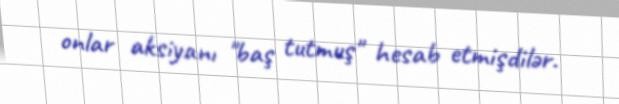
onlar aksiyanı "baş tutmuş" hesab etmişdilər.